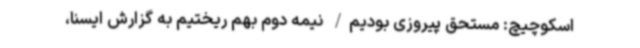
اسکوچیچ: مستحق پیروزی بودیم/ نیمه دوم بهم ریختیم به گزارش ایسنا،